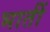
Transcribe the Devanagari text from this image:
भातीं